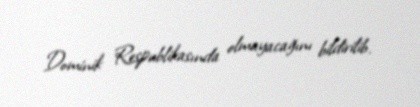
Dominik Respublikasında olmayacağını bildirilib.